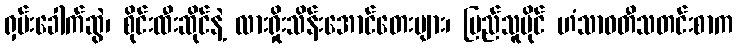
ရှမ်းခေါက်ဆွဲ၊ စိုင်းထီးဆိုင်နဲ့ လားရှိုးသိန်းအောင်တေးများ၊ ပြည်သူပိုင် ဟံသာဝတီသတင်းစာက